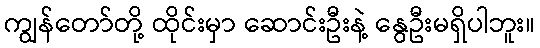
ကျွန်တော်တို့ ထိုင်းမှာ ဆောင်းဦးနဲ့ နွေဦးမရှိပါဘူး။